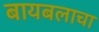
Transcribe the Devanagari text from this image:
बायबलाचा